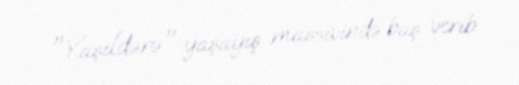
"Yaşıldərə" yaşayış massivində baş verib.